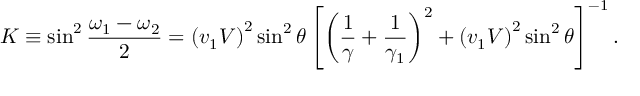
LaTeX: K \equiv \sin ^ { 2 } \frac { \omega _ { 1 } - \omega _ { 2 } } { 2 } = \left( v _ { 1 } V \right) ^ { 2 } \sin ^ { 2 } \theta \left[ \left( \frac { 1 } { \gamma } + \frac { 1 } { \gamma _ { 1 } } \right) ^ { 2 } + \left( v _ { 1 } V \right) ^ { 2 } \sin ^ { 2 } \theta \right] ^ { - 1 } .